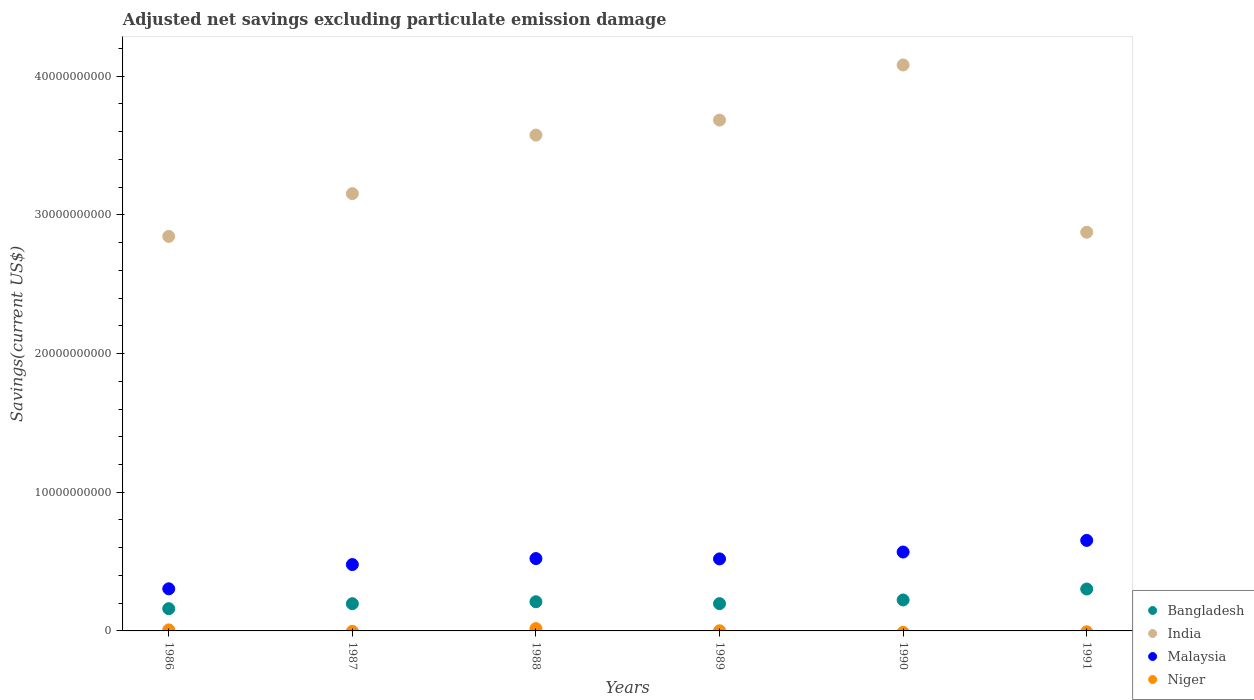
| Years | Bangladesh | India | Malaysia | Niger |
 | --- | --- | --- | --- | --- |
 | 1986 | 1.6e+09 | 2.85e+10 | 3.04e+09 | 7.51e+07 |
 | 1987 | 1.96e+09 | 3.15e+10 | 4.79e+09 | -3.19e+07 |
 | 1988 | 2.1e+09 | 3.58e+10 | 5.22e+09 | 1.66e+08 |
 | 1989 | 1.97e+09 | 3.68e+10 | 5.19e+09 | 1.02e+07 |
 | 1990 | 2.23e+09 | 4.08e+10 | 5.69e+09 | -1.07e+08 |
 | 1991 | 3.02e+09 | 2.88e+10 | 6.53e+09 | -6.32e+07 |